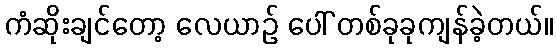
ကံဆိုးချင်တော့ လေယာဉ် ပေါ် တစ်ခုခုကျန်ခဲ့တယ်။